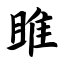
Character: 雎